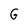
Character: G